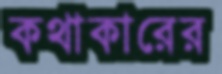
কথাকারের